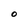
Character: O